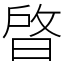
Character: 晵